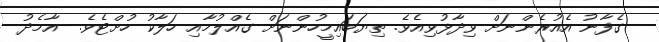
ގެފާނު އެއުރެންނަށް ވިދާޅުވިއެވެ. ތިޔަބައިމީހުންނަށް ގެއްލުމާއި ހަލާކު ހުށްޓެވެ.  އާމެދު